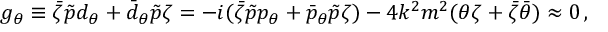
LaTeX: g _ { \theta } \equiv \bar { \zeta } \tilde { p } d _ { \theta } + \bar { d } _ { \theta } \tilde { p } \zeta = - i ( \bar { \zeta } \tilde { p } p _ { \theta } + \bar { p } _ { \theta } \tilde { p } \zeta ) - 4 k ^ { 2 } m ^ { 2 } ( \theta \zeta + \bar { \zeta } \bar { \theta } ) \approx 0 \, ,